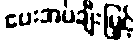
ပေးအပ်ချီးမြှင့်